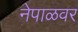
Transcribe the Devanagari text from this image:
नेपाळवर